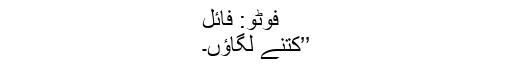
فوٹو: فائل
’’کتنے لگاؤں۔